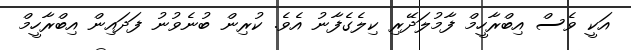
އަކީ ވެސް އިބްރާހީމް ފާމުލަދޭރި ކިލެގެފާނު އެވެ. ކުރިން ބުނެވުނު ފަދައިން އިބްރާހީމް